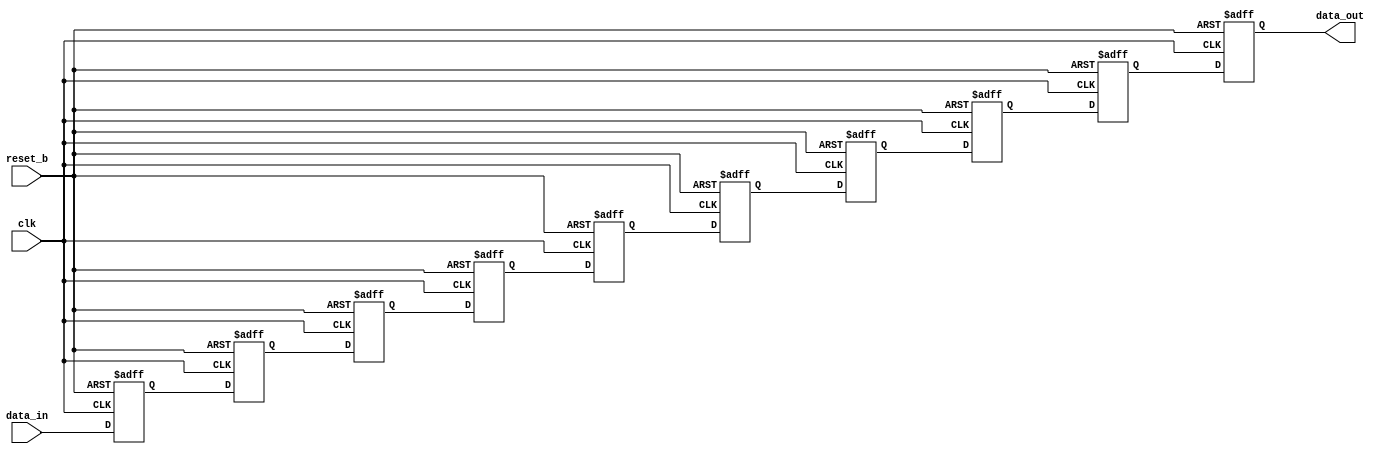
// This program was cloned from: https://github.com/ZFTurbo/Verilog-Generator-of-Neural-Net-Digit-Detector-for-FPGA
// License: Apache License 2.0

//author:  ,  - ...
`timescale 1ns / 1ns
module delay_rg
   #(parameter W = 16,         //     
     parameter D = 10)         // 
   (input reset_b,
    input clk,
	input [W-1:0] data_in,     //  
    output [W-1:0] data_out);   //  


	reg [W-1:0] rg [0:D-1]; 
	always @ (posedge clk, negedge reset_b) begin : delay_line
	integer i;
		if(~reset_b) begin
			for(i=0; i<D; i=i+1)
				rg[i] <= {(W){1'b0}};
		end else begin
		    rg[0] <= data_in;
			for(i=0; i<(D-1); i=i+1)
				rg[i+1] <= rg[i];
		end
	end

	assign data_out = rg[D-1];
	
endmodule